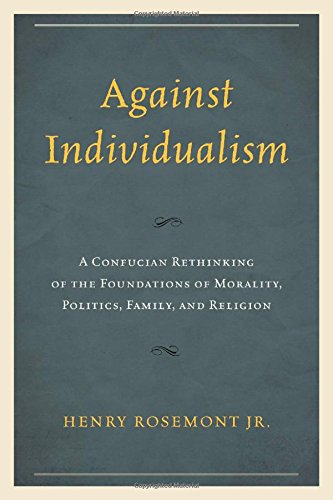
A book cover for Against Individualism: A Confucian Rethinking of the Foundations of Morality, Politics, Family, and Religion (Philosophy and Cultural Identity); Henry Rosemont Jr.; Religion & Spirituality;